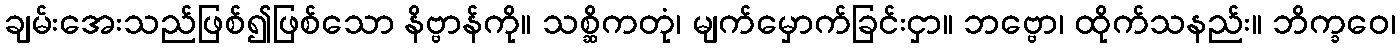
ချမ်းအေးသည်ဖြစ်၍ဖြစ်သော နိဗ္ဗာန်ကို။ သစ္ဆိကတုံ၊ မျက်မှောက်ခြင်းငှာ။ ဘဗ္ဗော၊ ထိုက်သနည်း။ ဘိက္ခဝေ၊